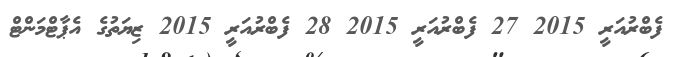
ފެބްރުއަރީ 2015 27 ފެބްރުއަރީ 2015 28 ފެބްރުއަރީ 2015 ޒިޔަތުގެ އެޕާޓްމަންޓް